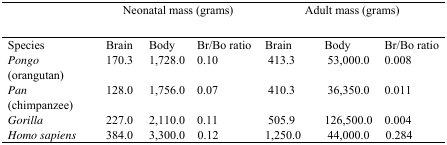
<table><thead><tr><td>[EMPTY_CELL]</td><td colspan="3"><b>Neonatal mass (grams)</b></td><td colspan="3"><b>Adult mass (grams)</b></td></tr></thead><tbody><tr><td>Species</td><td>Brain</td><td>Body</td><td>Br/Bo ratio</td><td>Brain</td><td>Body</td><td>Br/Bo ratio</td></tr><tr><td><i>Pongo</i> (orangutan)</td><td>170.3</td><td>1,728.0</td><td>0.10</td><td>413.3</td><td>53,000.0</td><td>0.008</td></tr><tr><td><i>Pan</i> (chimpanzee)</td><td>128.0</td><td>1,756.0</td><td>0.07</td><td>410.3</td><td>36,350.0</td><td>0.011</td></tr><tr><td><i>Gorilla</i></td><td>227.0</td><td>2,110.0</td><td>0.11</td><td>505.9</td><td>126,500.0</td><td>0.004</td></tr><tr><td><i>Homo sapiens</i></td><td>384.0</td><td>3,300.0</td><td>0.12</td><td>1,250.0</td><td>44,000.0</td><td>0.284</td></tr></tbody></table>